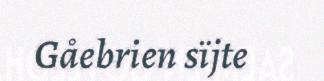
Gåebrien sïjte